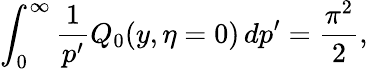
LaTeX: \int_{0}^{\infty}{\frac{1}{p^{\prime}}}Q_{0}(y,\eta=0)\, dp^{\prime}={\frac{\pi^{2}}{2}},